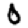
Digit: 0